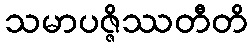
သမာပဇ္ဇိဿတီတိ